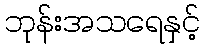
ဘုန်းအသရေနှင့်